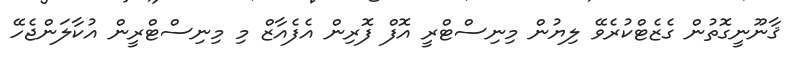
ޤާނޫނީގޮތުން ގެޒެޓްކުރެވޭ ލިޔުން މިނިސްޓްރީ އޮފް ފޮރިން އެފެއާޒް މި މިނިސްޓްރީން އުކާލަންޖެހޭ